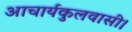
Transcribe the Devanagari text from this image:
आचार्यकुलवासी।